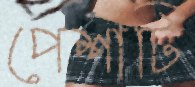
পেশাটি